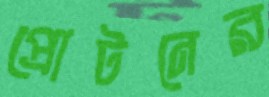
প্রোটনের